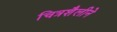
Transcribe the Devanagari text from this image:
चित्रशैलीने